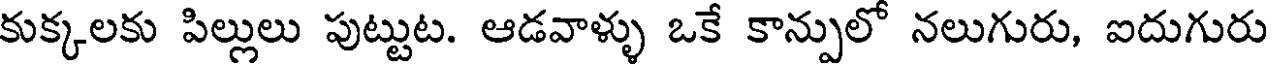
కుక్కలకు పిల్లులు పుట్టుట. ఆడవాళ్ళు ఒకే కాన్పులో నలుగురు, ఐదుగురు